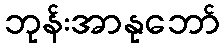
ဘုန်းအာနုဘော်